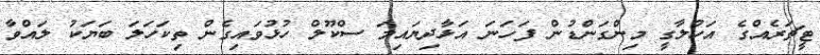
ޓީޗަރެއްގެ އަހުލާގީ މިންގަންޑުން ފަހަނަ އަޅާދިޔައިމަ ސްކޫލް ހުޅުވައިގެން ތިކަހަލަ ބަޔަކު ލައްވާ